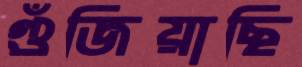
গুঁজিয়াছি